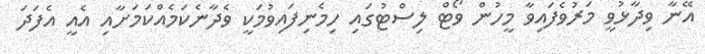
އޭނާ ވިދާޅުވީ މަރުވެފައިވާ މީހުން ވޯޓް ލިސްޓުގައި ހިމެނިފައިވުމަކީ ވެދާނެކަމެއްކަމަށާއި އެއީ އެފަދަ